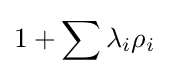
1+\sum \lambda _{i}\rho _{i}